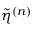
\tilde { \eta } ^ { ( n ) }